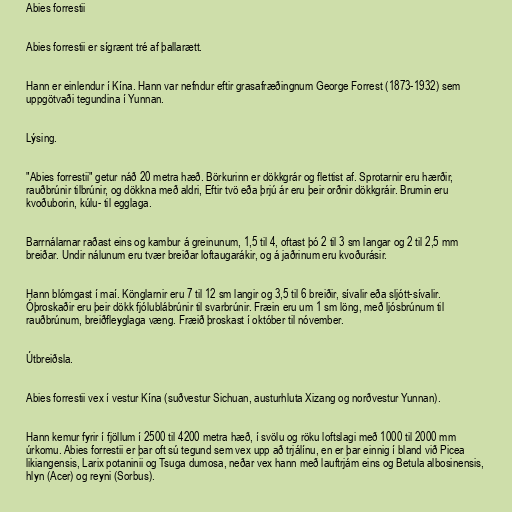
Abies forrestii

Abies forrestii er sígrænt tré af þallarætt.

Hann er einlendur í Kína. Hann var nefndur eftir grasafræðingnum George Forrest (1873-1932) sem
uppgötvaði tegundina í Yunnan.

Lýsing.

"Abies forrestii" getur náð 20 metra hæð. Börkurinn er dökkgrár og flettist af. Sprotarnir eru hærðir,
rauðbrúnir tilbrúnir, og dökkna með aldri, Eftir tvö eða þrjú ár eru þeir orðnir dökkgráir. Brumin eru
kvoðuborin, kúlu- til egglaga.

Barrnálarnar raðast eins og kambur á greinunum, 1,5 til 4, oftast þó 2 til 3 sm langar og 2 til 2,5 mm
breiðar. Undir nálunum eru tvær breiðar loftaugarákir, og á jaðrinum eru kvoðurásir.

Hann blómgast í maí. Könglarnir eru 7 til 12 sm langir og 3,5 til 6 breiðir, sívalir eða sljótt-sívalir.
Óþroskaðir eru þeir dökk fjólublábrúnir til svarbrúnir. Fræin eru um 1 sm löng, með ljósbrúnum til
rauðbrúnum, breiðfleyglaga væng. Fræið þroskast í október til nóvember.

Útbreiðsla.

Abies forrestii vex í vestur Kína (suðvestur Sichuan, austurhluta Xizang og norðvestur Yunnan).

Hann kemur fyrir í fjöllum í 2500 til 4200 metra hæð, í svölu og röku loftslagi með 1000 til 2000 mm
úrkomu. Abies forrestii er þar oft sú tegund sem vex upp að trjálínu, en er þar einnig í bland við Picea
likiangensis, Larix potaninii og Tsuga dumosa, neðar vex hann með lauftrjám eins og Betula albosinensis,
hlyn (Acer) og reyni (Sorbus).